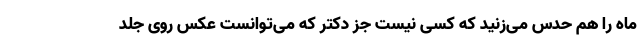
ماه را هم حدس می‌زنید که کسی نیست جز دکتر که می‌توانست عکس روی جلد